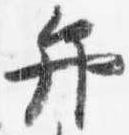
弁